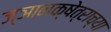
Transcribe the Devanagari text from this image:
ज्ञानक्षेत्राच्या